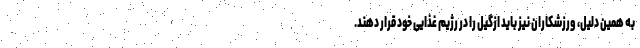
به همین دلیل، ورزشکاران نیز باید ازگیل را در رژیم غذایی خود قرار دهند.